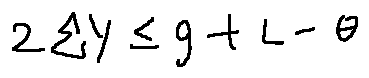
2 \sum Y \leq g + L - \theta